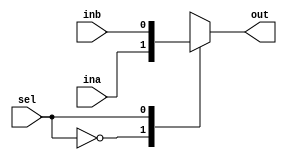
module mux2_1_1b(ina,inb,sel,out);

    input ina,inb;
    input sel;
    output reg out;

    always@(*)begin
        case(sel)
            1'b0 : out <= ina;
            1'b1 : out <= inb;
        endcase
    end
endmodule